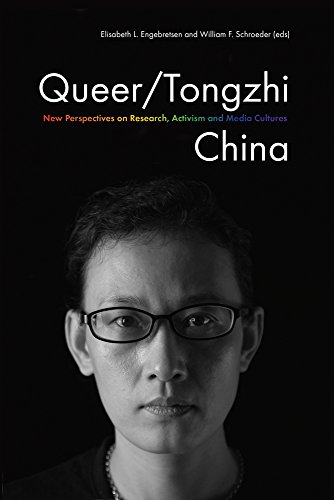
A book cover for Queer/Tongzhi China: New Perspectives on Research, Activism and Media Cultures (Gendering Asia); Gay & Lesbian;